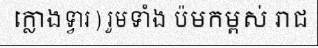
ក្លោងទ្វារ ) រួមទាំង ប៉មកម្ពស់ រាជ